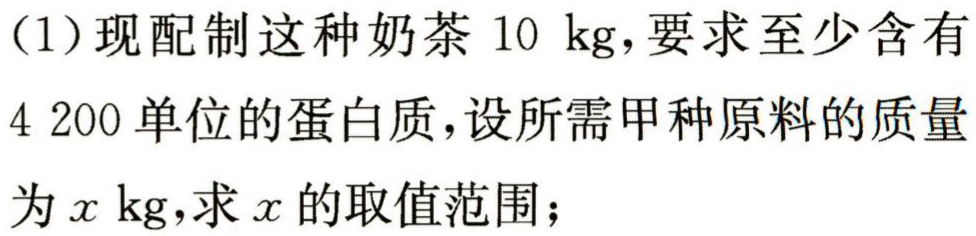
（1）现配制这种奶茶\(10\ \text{kg}，要求至少含有4 200单位的蛋白质，设所需甲种原料的质量为\(x\ \text{kg}，求\(x\)的取值范围；